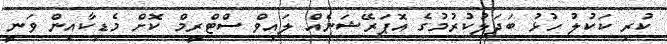
ކުރި ކަކުލު ހުޅު ބަދަލުކުރުމުގެ އޮޕަރޭޝަނެއް ލައިވް ސްޓްރީމް ކޮށް މެޑިކާއިން ވަނީ